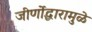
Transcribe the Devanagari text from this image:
जीर्णोद्धारामुळे